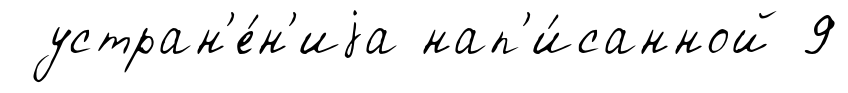
устран'е́н'иjа нап'и́санной 9